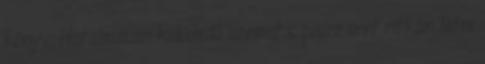
könyv. Hatalmasan kidülledő szemet s pisze orrt ritkán látni